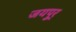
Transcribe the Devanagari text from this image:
जयपुर्